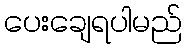
ပေးချေရပါမည်